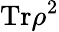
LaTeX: \mathrm{Tr}\rho^{2}